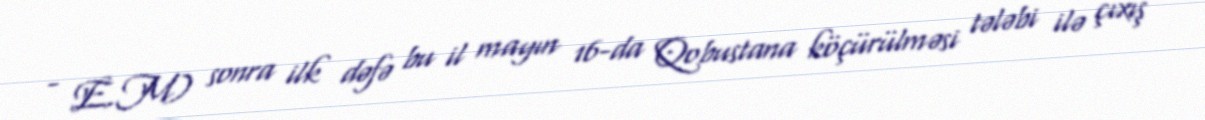
- E.M) sonra ilk dəfə bu il mayın 16-da Qobustana köçürülməsi tələbi ilə çıxış